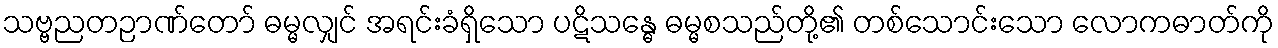
သဗ္ဗညတဉာဏ်တော် ဓမ္မလျှင် အရင်းခံရှိသော ပဋိသန္ဓေ ဓမ္မစသည်တို့၏ တစ်သောင်းသော လောကဓာတ်ကို